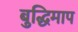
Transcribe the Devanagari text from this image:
बुद्धिमाप